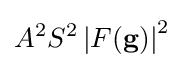
A^{2}S^{2}\left|F(\mathbf {g} )\right|^{2}